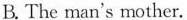
B. The man's mother.